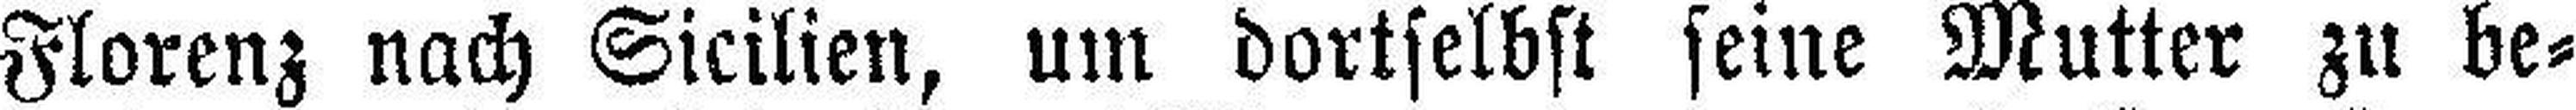
Florenz nach Sicilien, um dortselbst seine Mutter zu be¬